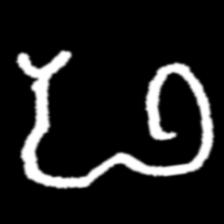
Pyu character \u2014 Myanmar letter: ဖ (romanized: pha)